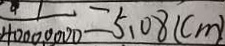
\frac { 1 } { 4 0 0 0 0 0 0 0 } = 5 . 0 8 ( c m )